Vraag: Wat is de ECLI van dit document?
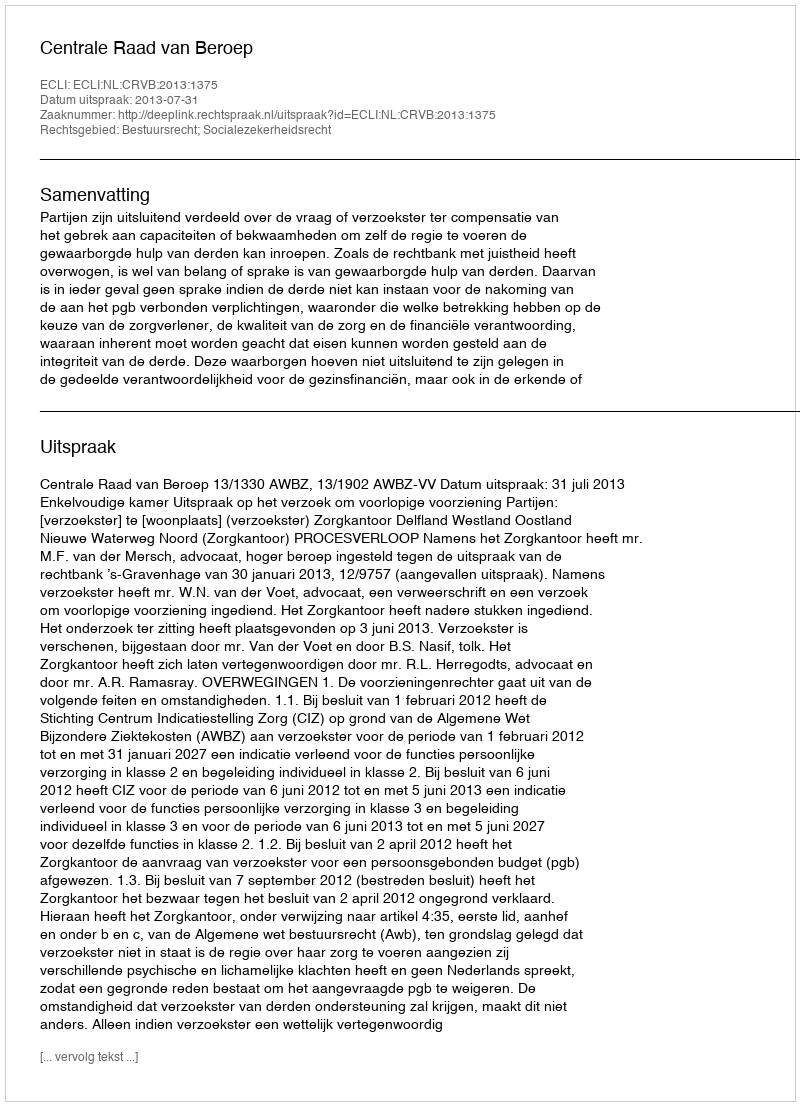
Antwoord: ECLI:NL:CRVB:2013:1375